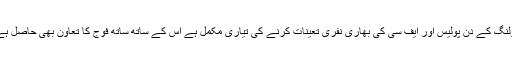
پولنگ کے دن پولیس اور ایف سی کی بھاری نفری تعینات کرنے کی تیاری مکمل ہے اس کے ساتھ ساتھ فوج کا تعاون بھی حاصل ہے۔